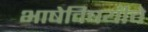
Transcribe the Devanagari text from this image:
भाषेविषयीचे